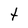
Character: t